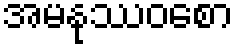
အမနုဿဝစော